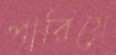
পারিয়ে